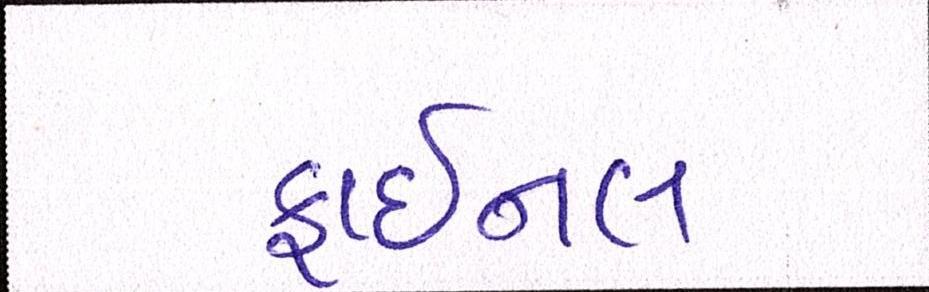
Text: ફાઈનલ